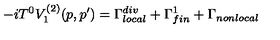
- i T ^ { 0 } V _ { 1 } ^ { ( 2 ) } ( p , p ^ { \prime } ) = \Gamma _ { l o c a l } ^ { d i v } + \Gamma _ { f i n } ^ { 1 } + \Gamma _ { n o n l o c a l }